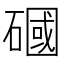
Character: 𥕏